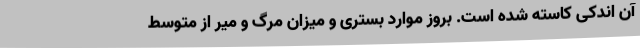
آن اندکی کاسته شده است. بروز موارد بستری و میزان مرگ و میر از متوسط